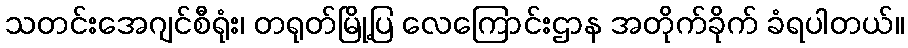
သတင်းအေဂျင်စီရုံး၊ တရုတ်မြို့ပြ လေကြောင်းဌာန အတိုက်ခိုက် ခံရပါတယ်။